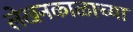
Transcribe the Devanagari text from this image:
लेखनकाळाच्या